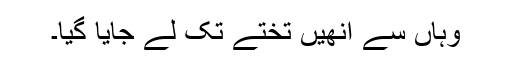
وہاں سے انھیں تختے تک لے جایا گیا۔